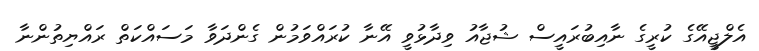
އެލްޖީއޭގެ ކުރީގެ ނާއިބުރައީސް ޝުޖާއު ވިދާޅުވީ އޭނާ ކުރައްވަމުން ގެންދަވާ މަސައްކަތް ރައްޔިތުންނާ